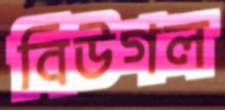
বিউগল